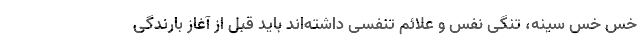
خس خس سینه، تنگی نفس و علائم تنفسی داشته‌اند باید قبل از آغاز بارندگی